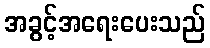
အခွင့်အရေးပေးသည်